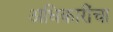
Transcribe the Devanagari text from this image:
अधिकारींचा